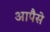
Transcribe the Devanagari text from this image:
आपैसे